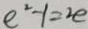
e ^ { 2 } - 1 = 2 e